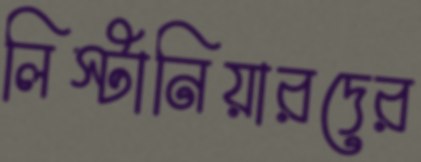
লিস্টানিয়ারদের